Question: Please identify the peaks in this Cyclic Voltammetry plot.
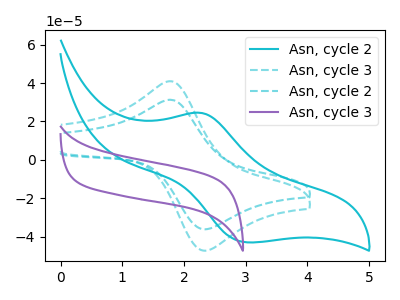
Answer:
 <answer>The cyan curve "Asn, cycle 2" has an anodic peak at (2.30V, 24.45uA) and a cathodic peak at (3.00V, -43.00uA). The cyan dashed curve "Asn, cycle 3" has an anodic peak at (1.80V, 40.95uA) and a cathodic peak at (2.30V, -47.10uA). The cyan dashed curve "Asn, cycle 2" has an anodic peak at (1.80V, 31.30uA) and a cathodic peak at (2.30V, -36.00uA). The purple curve "Asn, cycle 3" has no peaks.</answer>
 <eval></eval>